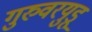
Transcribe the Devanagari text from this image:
गुरुवरयुडू